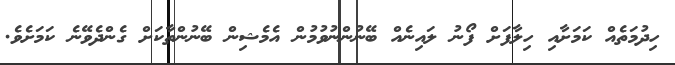
ހިދުމަތެއް ކަމަށާއި ހިލާފަށް ފޯނު ލައިނެއް ބޭނުންނުވުމުން އެމެޝިން ބޭނުންތާކަށް ގެންދެވޭނެ ކަމަށެވެ.